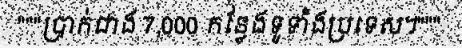
"""ប្រាក់ជាង 7,000 កន្លែងទូទាំងប្រទេស។"""